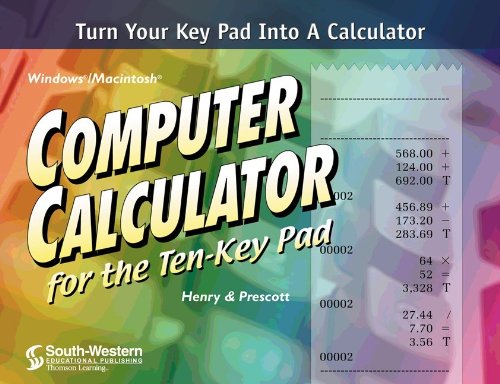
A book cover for Computer Calculator for the Ten-Key Pad (with CD-ROM); Barbara Henry; Business & Money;